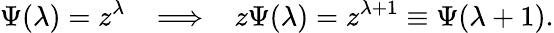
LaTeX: \Psi(\lambda)=z^{\lambda}\; \; \; \Longrightarrow\; \; \; z\Psi(\lambda)=z^{\lambda+1}\equiv\Psi(\lambda+1).